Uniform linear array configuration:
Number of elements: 24
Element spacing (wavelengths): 0.75
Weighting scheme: cosine
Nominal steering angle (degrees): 15
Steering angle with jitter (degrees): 16.143
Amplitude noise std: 0.05
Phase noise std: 0.05

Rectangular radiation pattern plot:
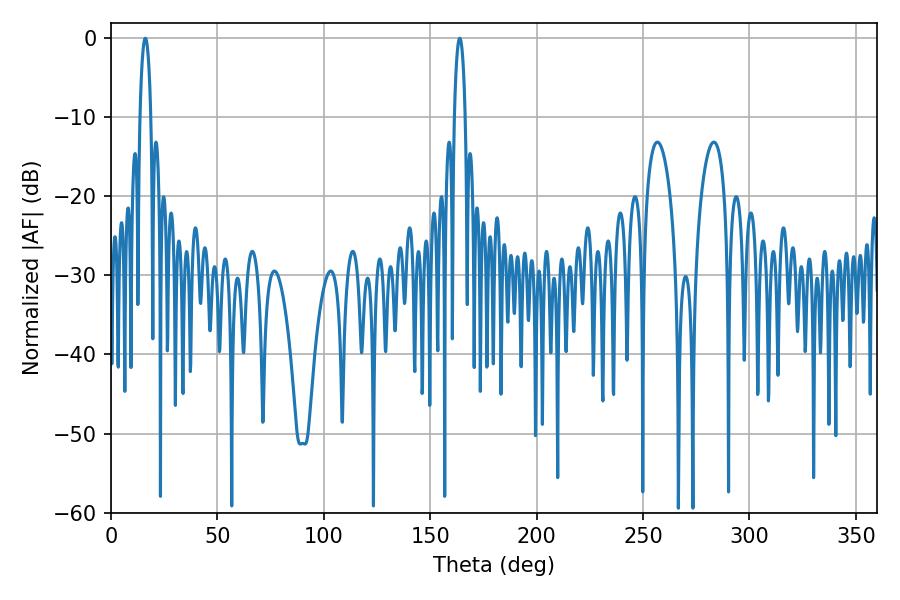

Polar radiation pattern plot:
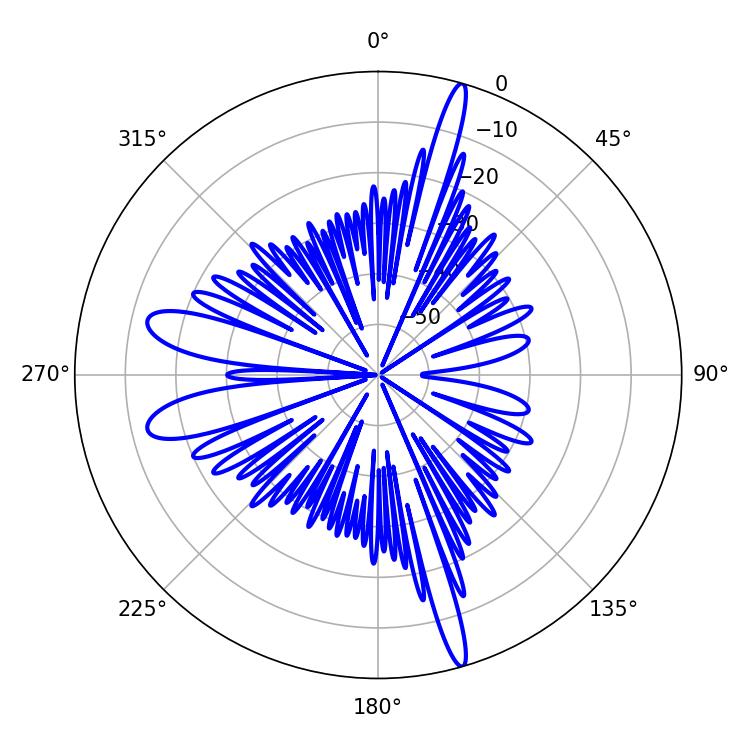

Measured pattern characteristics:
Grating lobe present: TRUE
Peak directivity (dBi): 20.447
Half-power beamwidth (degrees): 2.88
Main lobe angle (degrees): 16.2